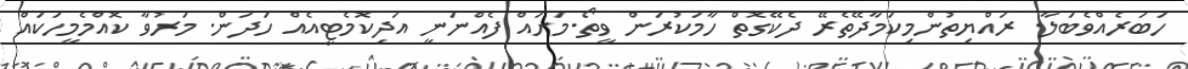
ހަބަރެއްވެބަލާ. ރައްޔިތުންމިކަމާދޭތެރޭ ދެކޭގޮތް ހާމަކުރަން ވީތޯ.މަށައް ފެއްނަނީ އަދިކޮމެޓީއެއް ހަދަން. މަރުވާ ކޮއްމެމީހަކައް